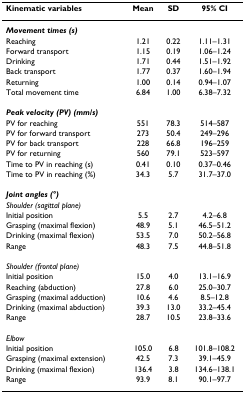
<table><thead><tr><td><b>Kinematic variables</b></td><td><b>Mean</b></td><td><b>SD</b></td><td><b>95% CI</b></td></tr></thead><tbody><tr><td><b><i>Movement times (s)</i></b></td><td></td><td></td><td></td></tr><tr><td>Reaching</td><td>1.21</td><td>0.22</td><td>1.11–1.31</td></tr><tr><td>Forward transport</td><td>1.15</td><td>0.19</td><td>1.06–1.24</td></tr><tr><td>Drinking</td><td>1.71</td><td>0.44</td><td>1.51–1.92</td></tr><tr><td>Back transport</td><td>1.77</td><td>0.37</td><td>1.60–1.94</td></tr><tr><td>Returning</td><td>1.00</td><td>0.14</td><td>0.94–1.07</td></tr><tr><td>Total movement time</td><td>6.84</td><td>1.00</td><td>6.38–7.32</td></tr><tr><td><b><i>Peak velocity (PV) (mm/s)</i></b></td><td></td><td></td><td></td></tr><tr><td>PV for reaching</td><td>551</td><td>78.3</td><td>514–587</td></tr><tr><td>PV for forward transport</td><td>273</td><td>50.4</td><td>249–296</td></tr><tr><td>PV for back transport</td><td>228</td><td>66.8</td><td>196–259</td></tr><tr><td>PV for returning</td><td>560</td><td>79.1</td><td>523–597</td></tr><tr><td>Time to PV in reaching (s)</td><td>0.41</td><td>0.10</td><td>0.37–0.46</td></tr><tr><td>Time to PV in reaching (%)</td><td>34.3</td><td>5.7</td><td>31.7–37.0</td></tr><tr><td><b><i>Joint angles (°)</i></b></td><td></td><td></td><td></td></tr><tr><td><i>Shoulder (sagittal plane)</i></td><td></td><td></td><td></td></tr><tr><td>Initial position</td><td>5.5</td><td>2.7</td><td>4.2–6.8</td></tr><tr><td>Grasping (maximal flexion)</td><td>48.9</td><td>5.1</td><td>46.5–51.2</td></tr><tr><td>Drinking (maximal flexion)</td><td>53.5</td><td>7.0</td><td>50.2–56.8</td></tr><tr><td>Range</td><td>48.3</td><td>7.5</td><td>44.8–51.8</td></tr><tr><td><i>Shoulder (frontal plane)</i></td><td></td><td></td><td></td></tr><tr><td>Initial position</td><td>15.0</td><td>4.0</td><td>13.1–16.9</td></tr><tr><td>Reaching (abduction)</td><td>27.8</td><td>6.0</td><td>25.0–30.7</td></tr><tr><td>Grasping (maximal adduction)</td><td>10.6</td><td>4.6</td><td>8.5–12.8</td></tr><tr><td>Drinking (maximal abduction)</td><td>39.3</td><td>13.0</td><td>33.2–45.4</td></tr><tr><td>Range</td><td>28.7</td><td>10.5</td><td>23.8–33.6</td></tr><tr><td><i>Elbow</i></td><td></td><td></td><td></td></tr><tr><td>Initial position</td><td>105.0</td><td>6.8</td><td>101.8–108.2</td></tr><tr><td>Grasping (maximal extension)</td><td>42.5</td><td>7.3</td><td>39.1–45.9</td></tr><tr><td>Drinking (maximal flexion)</td><td>136.4</td><td>3.8</td><td>134.6–138.1</td></tr><tr><td>Range</td><td>93.9</td><td>8.1</td><td>90.1–97.7</td></tr></tbody></table>